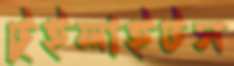
টুইলাইটস